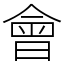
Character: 會